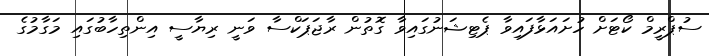
ސުޕްރީމް ކޯޓަށް ހުށައަޅާފައިވާ ޕެޓިޝަނުގައިވާ ގޮތުން ރާޖަޕަކްސާ ވަނީ ރިޔާސީ އިންތިހާބުގައި މަގާމުގެ